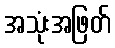
အသုံးအဖြတ်